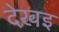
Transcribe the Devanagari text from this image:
देखइ